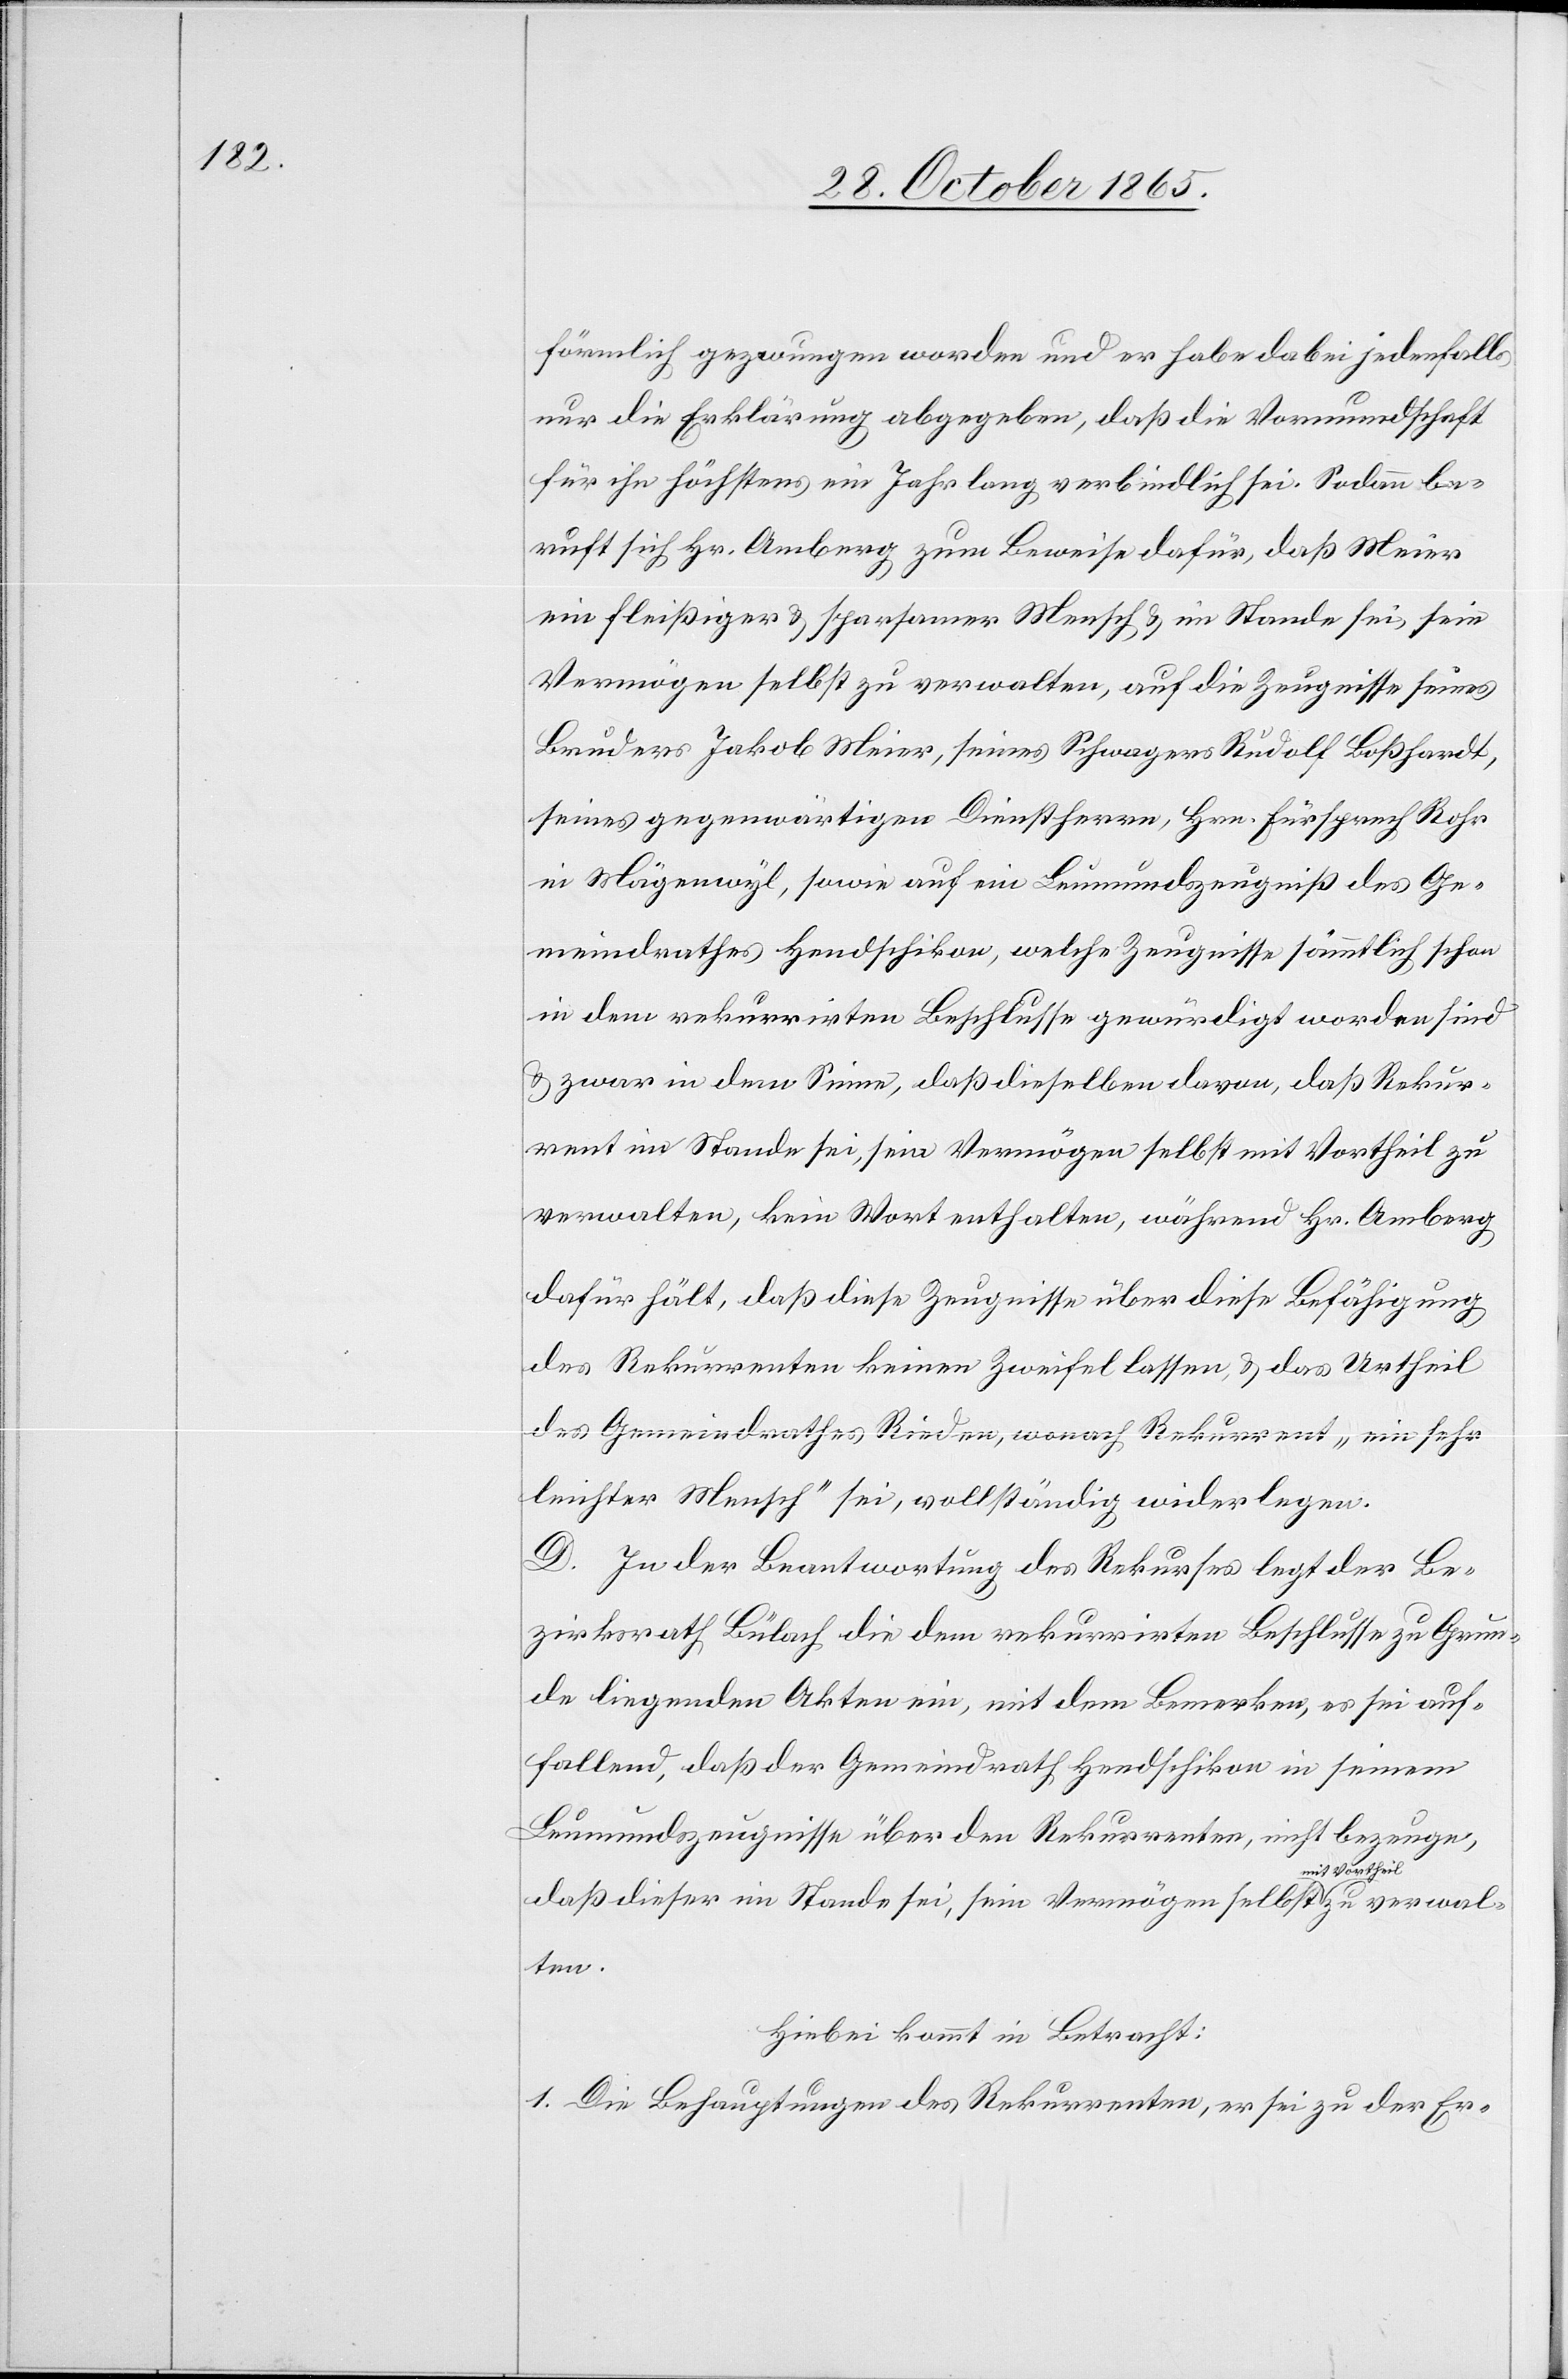
förmlich gezwungen worden und er habe dabei jedenfalls
nur die Erklärung abgegeben, daß die Vormundschaft
für ihn höchstens ein Jahr lang verbindlich sei. Sodann be¬
ruft sich Hr. Amberg zum Beweise dafür, daß Meier
ein fleißiger & sparsamer Mensch & im Stande sei, sein
Vermögen selbst zu verwalten, auf die Zeugnisse seines
Bruders Jakob Meier, seines Schwagers Rudolf Boßhardt,
seines gegenwärtigen Dienstherrn, Hrn. Fürsprech Rohr
in Mägenwyl, sowie auf ein Leumundszeugniß des Ge¬
meindrathes Hendschikon, welche Zeugnisse sämmtlich schon
in dem rekurrirten Beschlusse gewürdigt worden sind
& zwar in dem Sinne, daß dieselben davon, daß Rekur¬
rent im Stande sei, sein Vermögen selbst mit Vortheil zu
verwalten, kein Wort enthalten, während Hr. Amberg
dafür hält, daß diese Zeugnisse über diese Befähigung
des Rekurrenten keinen Zweifel lassen, & das Urtheil
des Gemeindrathes Rieden, wonach Rekurrent „ein sehr
leichter Mensch“ sei, vollständig widerlegen.
D. In der Beantwortung des Rekurses legt der Be¬
zirksrath Bülach die dem rekurrirten Beschlusse zu Grun¬
de liegenden Akten ein, mit dem Bemerken, es sei auf¬
fallend, daß der Gemeindrath Hendschikon in seinem
Leumundszeugnisse über den Rekurrenten, nicht bezeuge,
daß dieser im Stande sei, sein Vermögen selbst mit Vortheil
Hiebei kommt in Betracht:
1. Die Behauptungen des Rekurrenten, er sei zu der Er-